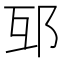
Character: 𨚎